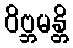
ဝိဗ္ဘမန္တိ